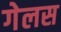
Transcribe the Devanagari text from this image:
गेलस